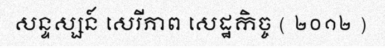
សន្ទស្សន៍ សេរីភាព សេដ្ឋកិច្ច ( ២០១២ )